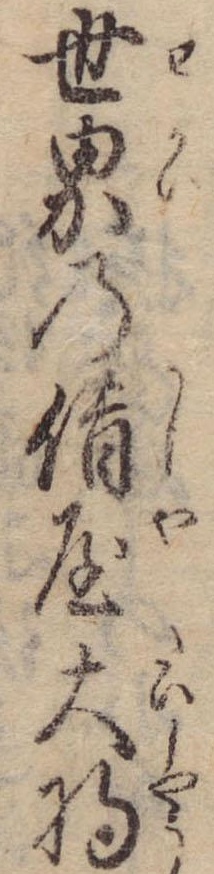
世界の借屋大将